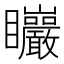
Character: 𥍛